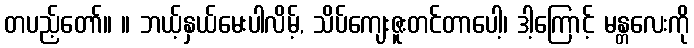
တပည့်တော်။ ။ ဘယ့်နှယ်မေးပါလိမ့်, သိပ်ကျေးဇူးတင်တာပေါ့၊ ဒါ့ကြောင့် မန္တလေးကို